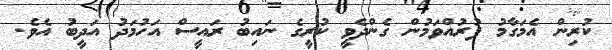
ކުރިން އެމަގާމު ފުރުއްވަމުން ގެންދެވީ ކުރީގެ ނައިބު ރައީސް އަހުމަދު އަދީބު އެވެ.